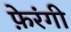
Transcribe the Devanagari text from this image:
फ़ेरंगी